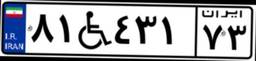
۸۱W۴۳۱۷۳